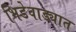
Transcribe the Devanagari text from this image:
भिडेवाड्यात